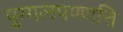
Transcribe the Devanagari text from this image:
पुग्गलपण्णत्ति